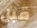
قبل